Indian journal of veterinary science and animal husbandry - Volume 3,
Year: 1933
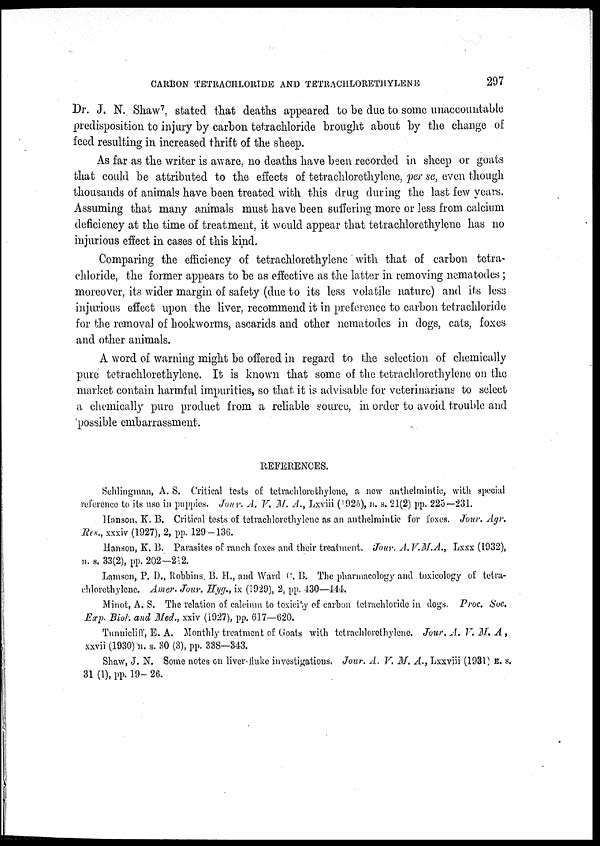
CARBON TETRACHLORIDE AND
TETRACHLORETHYLENE
297
Dr. J. N. Shaw 7 , stated that deaths appeared to be due to some unaccountable
predisposition to injury by carbon tetrachloride brought about by the change of
feed resulting in increased thrift of the sheep.
As far as the writer is aware, no deaths have been recorded in sheep or goats
that could be attributed to the effects of tetrachlorethylene, per se, even though
thousands of animals have been treated with this drug during the last few years.
Assuming that many animals must have been suffering more or less from calcium
deficiency at the time of treatment, it would appear that tetrachlorethylene has no
injurious effect in cases of this kind.
Comparing the efficiency of tetrachlorethylene with that of carbon tetra-
chloride, the former appears to be as effective as the latter in removing nematodes ;
moreover, its wider margin of safety (due to its less volatile nature) and its less
injurious effect upon the liver, recommend it in preference to carbon tetrachloride
for the removal of hookworms, ascarids and other nematodes in dogs, cats, foxes
and other animals.
A word of warning might be offered in regard to the selection of chemically
pure tetrachlorethylene. It is known that some of the tetrachlorethylene on the
market contain harmful impurities, so that it is advisable for veterinarians to select
a chemically pure product from a reliable source, in order to avoid trouble and
possible embarrassment.
REFERENCES.
Sehlingman, A. S. Critical tests of tetrachlorethylene, a new anthelmintic, with special
reference to its use in puppies. Jour. A. V. M. A., Lxviii (1925), n. s. 21(2) pp. 225—231.
Hanson, K. B. Critical tests of tetrachlorethylene as an anthelmintic for foxes. Jour. Agr.
Res., xxxiv (1927), 2, pp. 129-136.
Hanson, K. B. Parasites of ranch foxes and their treatment. Jour. A. V. M. A., Lxxx (1932),
n. s. 33(2), pp. 202-212.
Lamson, P. D., Robbins B. H., and Ward C. B. The pharmacology and toxicology of tetra-
chlorethylene. Amer. Jour. Hyg., ix (1929), 2, pp. 430—444.
Minot, A. S. The relation of calcium to toxicity of carbon tetrachloride in dogs. Proc. Soc.
Exp. Biol. and Med., xxiv (1927), pp. 617—620.
Tunnicliff, E. A. Monthly treatment of Goats with tetrachlorethylene. Jour. A. V. M. A.,
xxvii (1930) n. s. 30 (3), pp. 338—343.
Shaw, J. N. Some notes on liver-fluke investigations. Jour. A. V. M. A., Lxxviii (1931) E. S.
31 (1), pp. 19- 26.